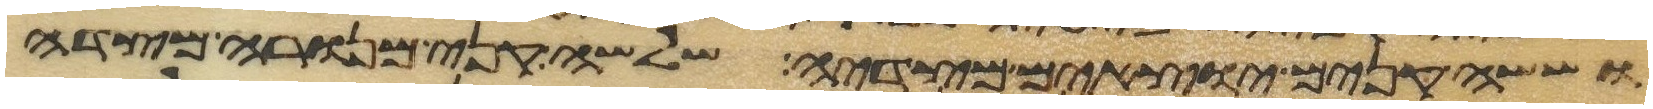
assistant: וששה קנים יוצאים מצדיה שלשה קני מנורה מצדה